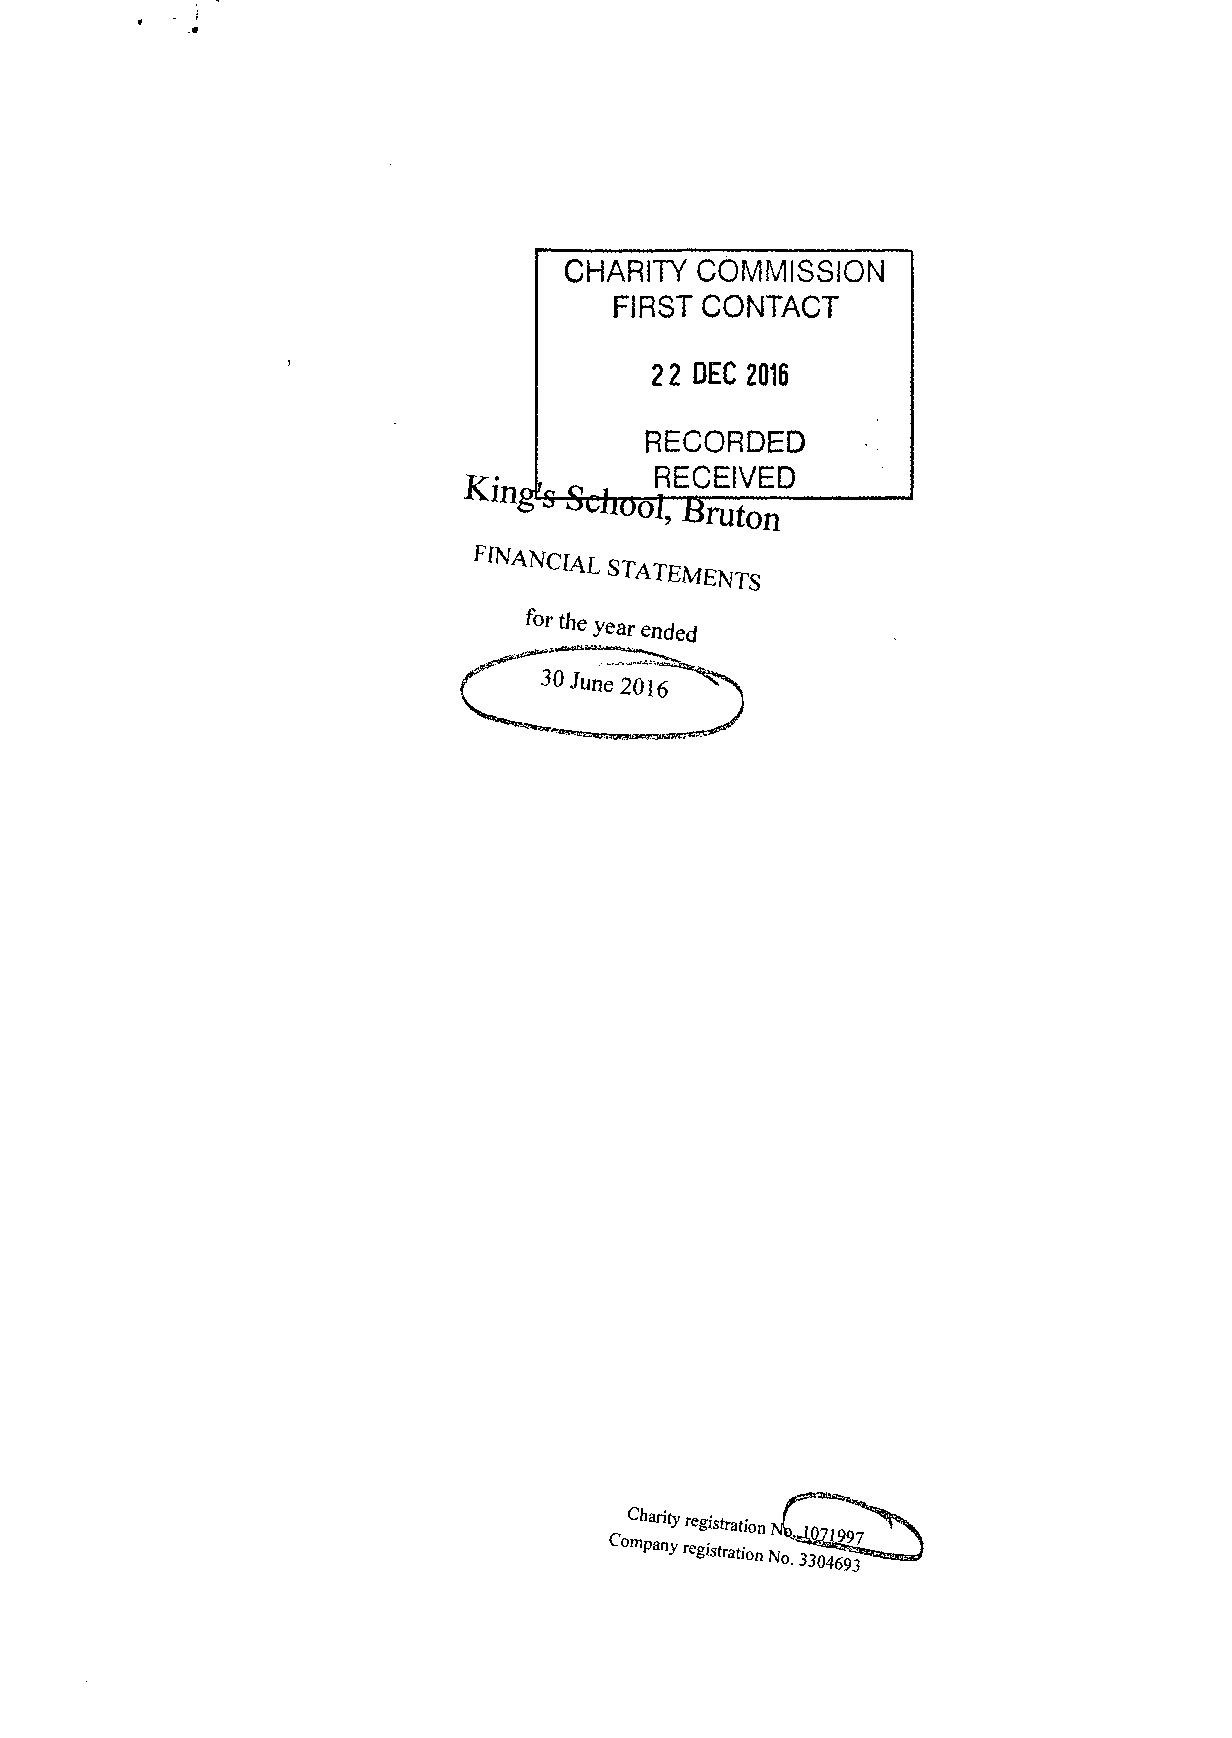
CHARITY  COMMISSION
 FIRST CONTACT
 2 2 DEC 2016
 RECORDED
 i     RECEIVED
 King
 0 f
 ,QSUioo], B
 m t on
 FINANCIAL STATEMENTS
 for the
 year ended
 Cha^« ;  r     >\
 g strationN l 9 9